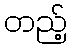
တည့်